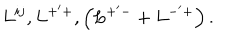
L ^ { i j } , L ^ { + ^ { \prime } + } , \left( L ^ { + ^ { \prime } - } + L ^ { - ^ { \prime } + } \right) .